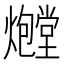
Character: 𪺃